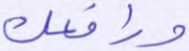
ورافعك